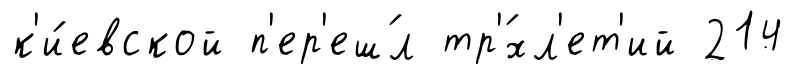
к'и́евской п'ер'еш́л тр'́хл'ет'ий 214